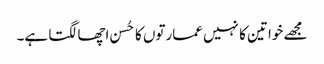
مجھے خواتین کا نہیں عمارتوں کا حُسن اچھا لگتا ہے۔